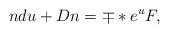
LaTeX: \begin{align*}n du +D n = \mp *e\sp{u} F,\end{align*}